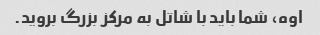
اوه، شما باید با شاتل به مرکز بزرگ بروید.